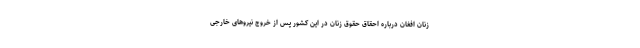
زنان افغان درباره احقاق حقوق زنان در این کشور پس از خروج نیروهای خارجی